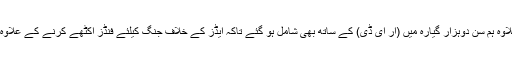
گلوبل فنڈ کے ساتھ موجودہ پارٹنرشپ کے علاوہ ہم سن دوہزار گیارہ میں (آر ای ڈی) کے ساتھ بھی شامل ہو گئے تاکہ ایڈز کے خلاف جنگ کیلئے فنڈز اکٹھے کرنے کے علاوہ اس حوالے سے آگاہی بھی پھیلائی جا سکے۔